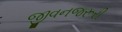
જીવનજરૂરી